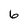
Character: 6